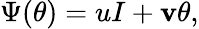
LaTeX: \Psi(\theta)=uI+\mathbf{v}\theta,